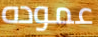
عموده